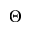
\Theta